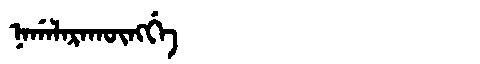
Manchu: ᠨᠠᡤᠠᠯᠠᡵᠠᡴᡡᠩᡤᡝ
Romanization: NAGALARAKŪNGGE